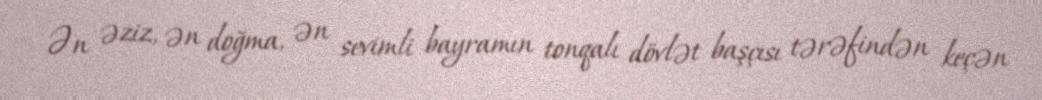
Ən əziz, ən doğma, ən sevimli bayramın tonqalı dövlət başçısı tərəfindən keçən